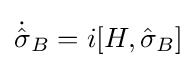
{\textstyle {\dot {\hat {\sigma }}}_{B}=i[H,{\hat {\sigma }}_{B}]}